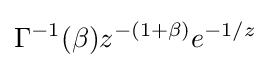
\Gamma ^{-1}(\beta )z^{-(1+\beta )}e^{-1/z}